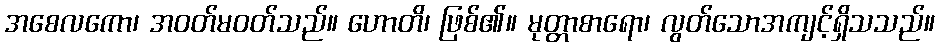
အစေလကော၊ အဝတ်မဝတ်သည်။ ဟောတိ၊ ဖြစ်၏။ မုတ္တာစာရော၊ လွတ်သောအကျင့်ရှိသသည်။